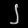
Digit: ၂